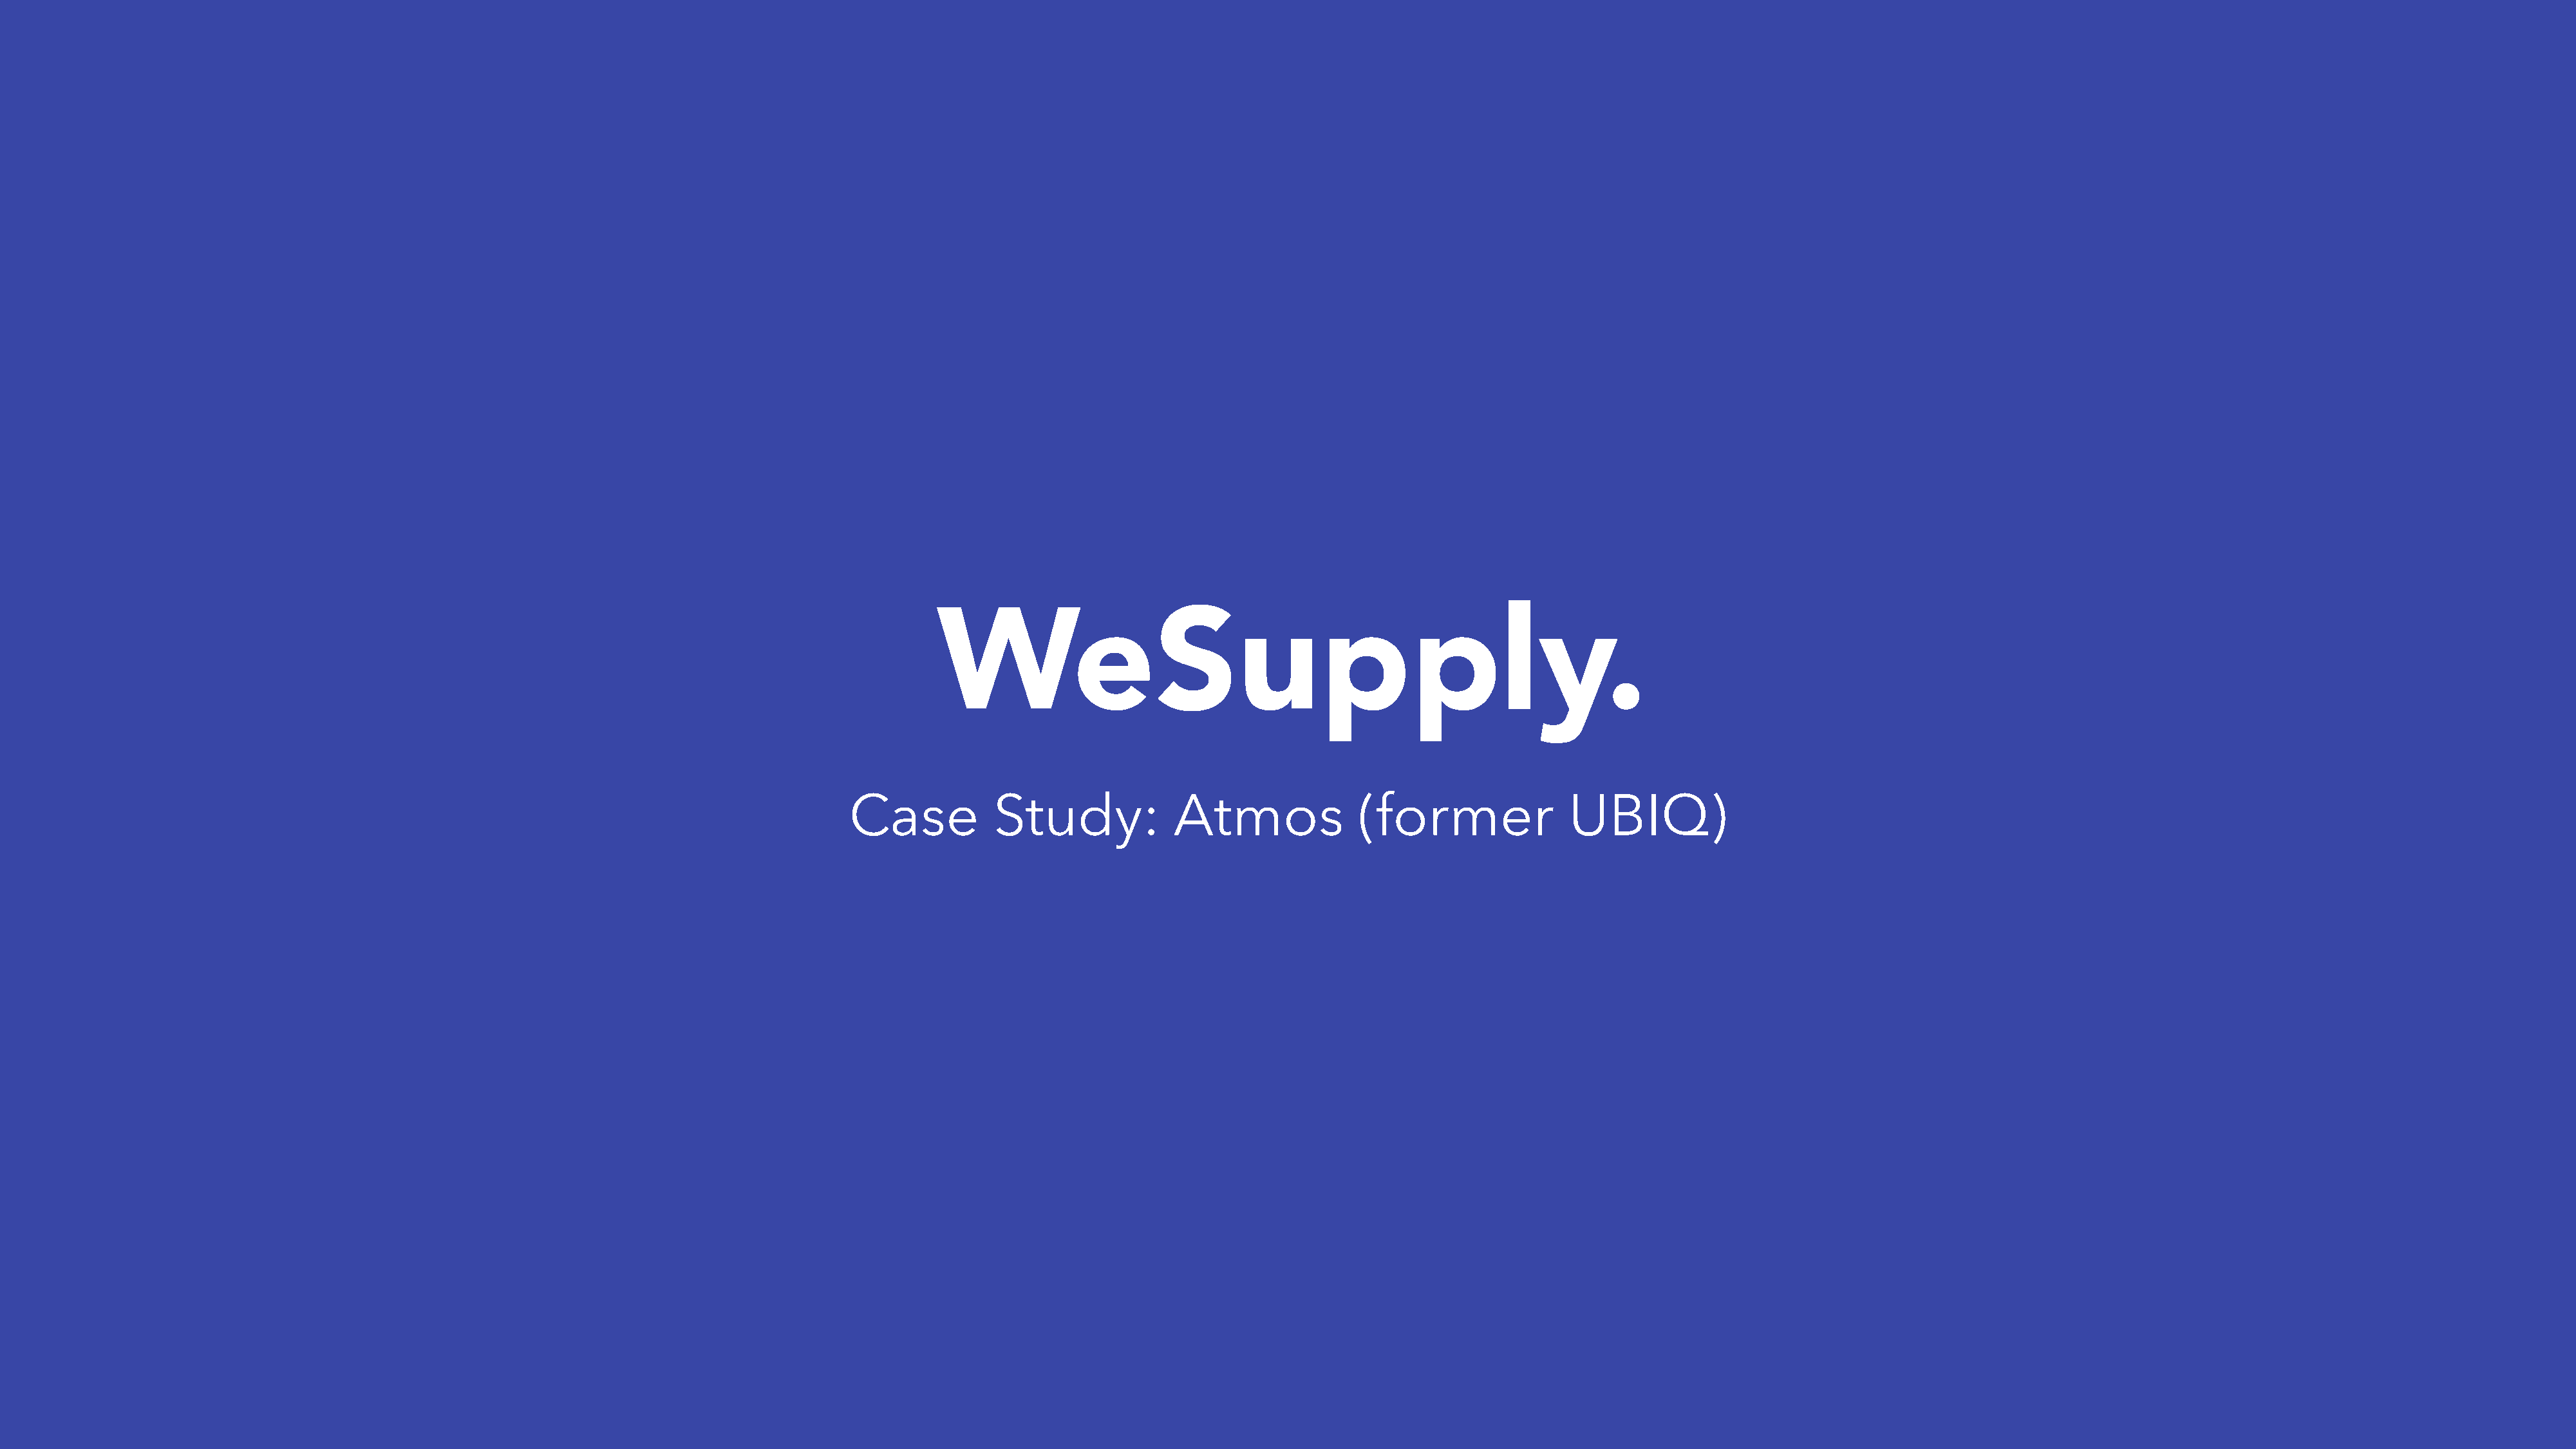
Case           Study:             Atmos              (former              UBIQ)